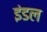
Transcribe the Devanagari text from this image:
इंडल